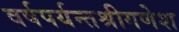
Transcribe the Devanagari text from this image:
वर्षपर्यन्तश्रीगणेश